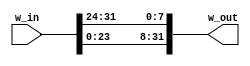
`timescale 1ns / 1ps
//////////////////////////////////////////////////////////////////////////////////
// Company: 
// Engineer: 
// 
// Design Name: 
// Module Name: RotWord
// Project Name: 
// Target Devices: 
// Tool Versions: 
// Description: 
// 
// Dependencies: 
// 
// Revision:
// Revision 0.01 - File Created
// Additional Comments:
// 
//////////////////////////////////////////////////////////////////////////////////


module RotWord(w_in,w_out);
    input [31:0] w_in;
    output [31:0] w_out;
    assign w_out[31:0] = {w_in[23:16],w_in[15:8],w_in[7:0],w_in[31:24]};
endmodule